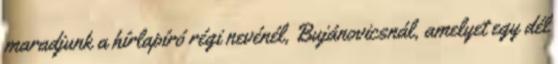
maradjunk a hírlapíró régi nevénél, Bujánovicsnál, amelyet egy dél